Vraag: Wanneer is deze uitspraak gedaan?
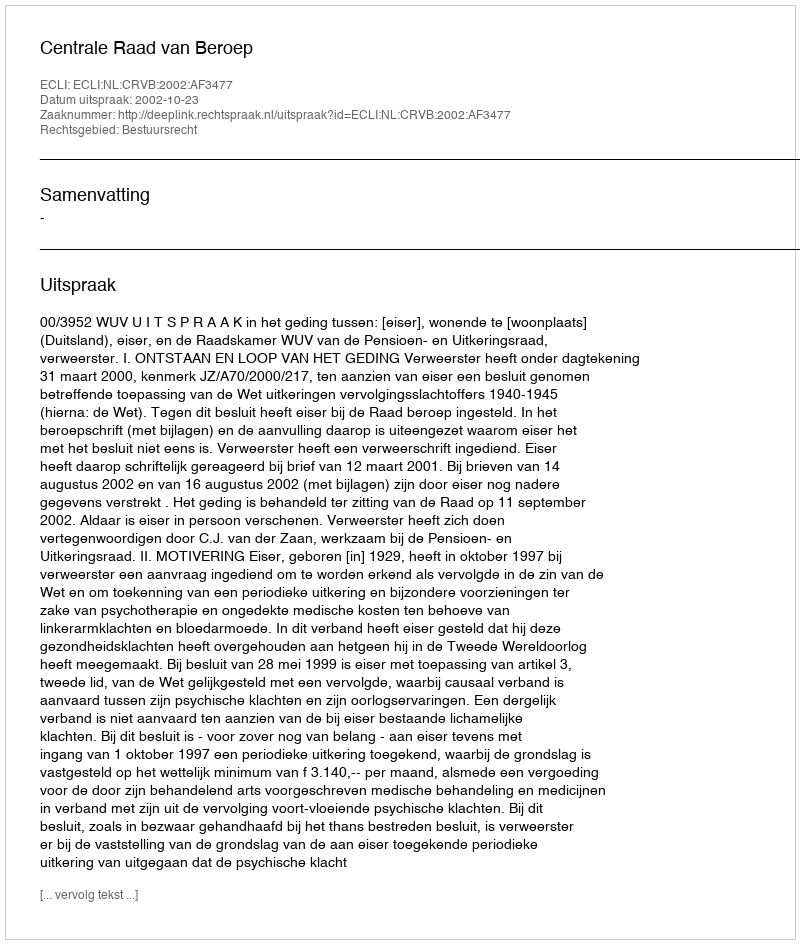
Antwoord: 2002-10-23